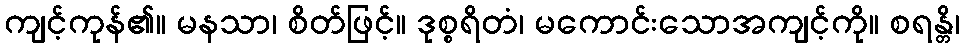
ကျင့်ကုန်၏။ မနသာ၊ စိတ်ဖြင့်။ ဒုစ္စရိတံ၊ မကောင်းသောအကျင့်ကို။ စရန္တိ၊